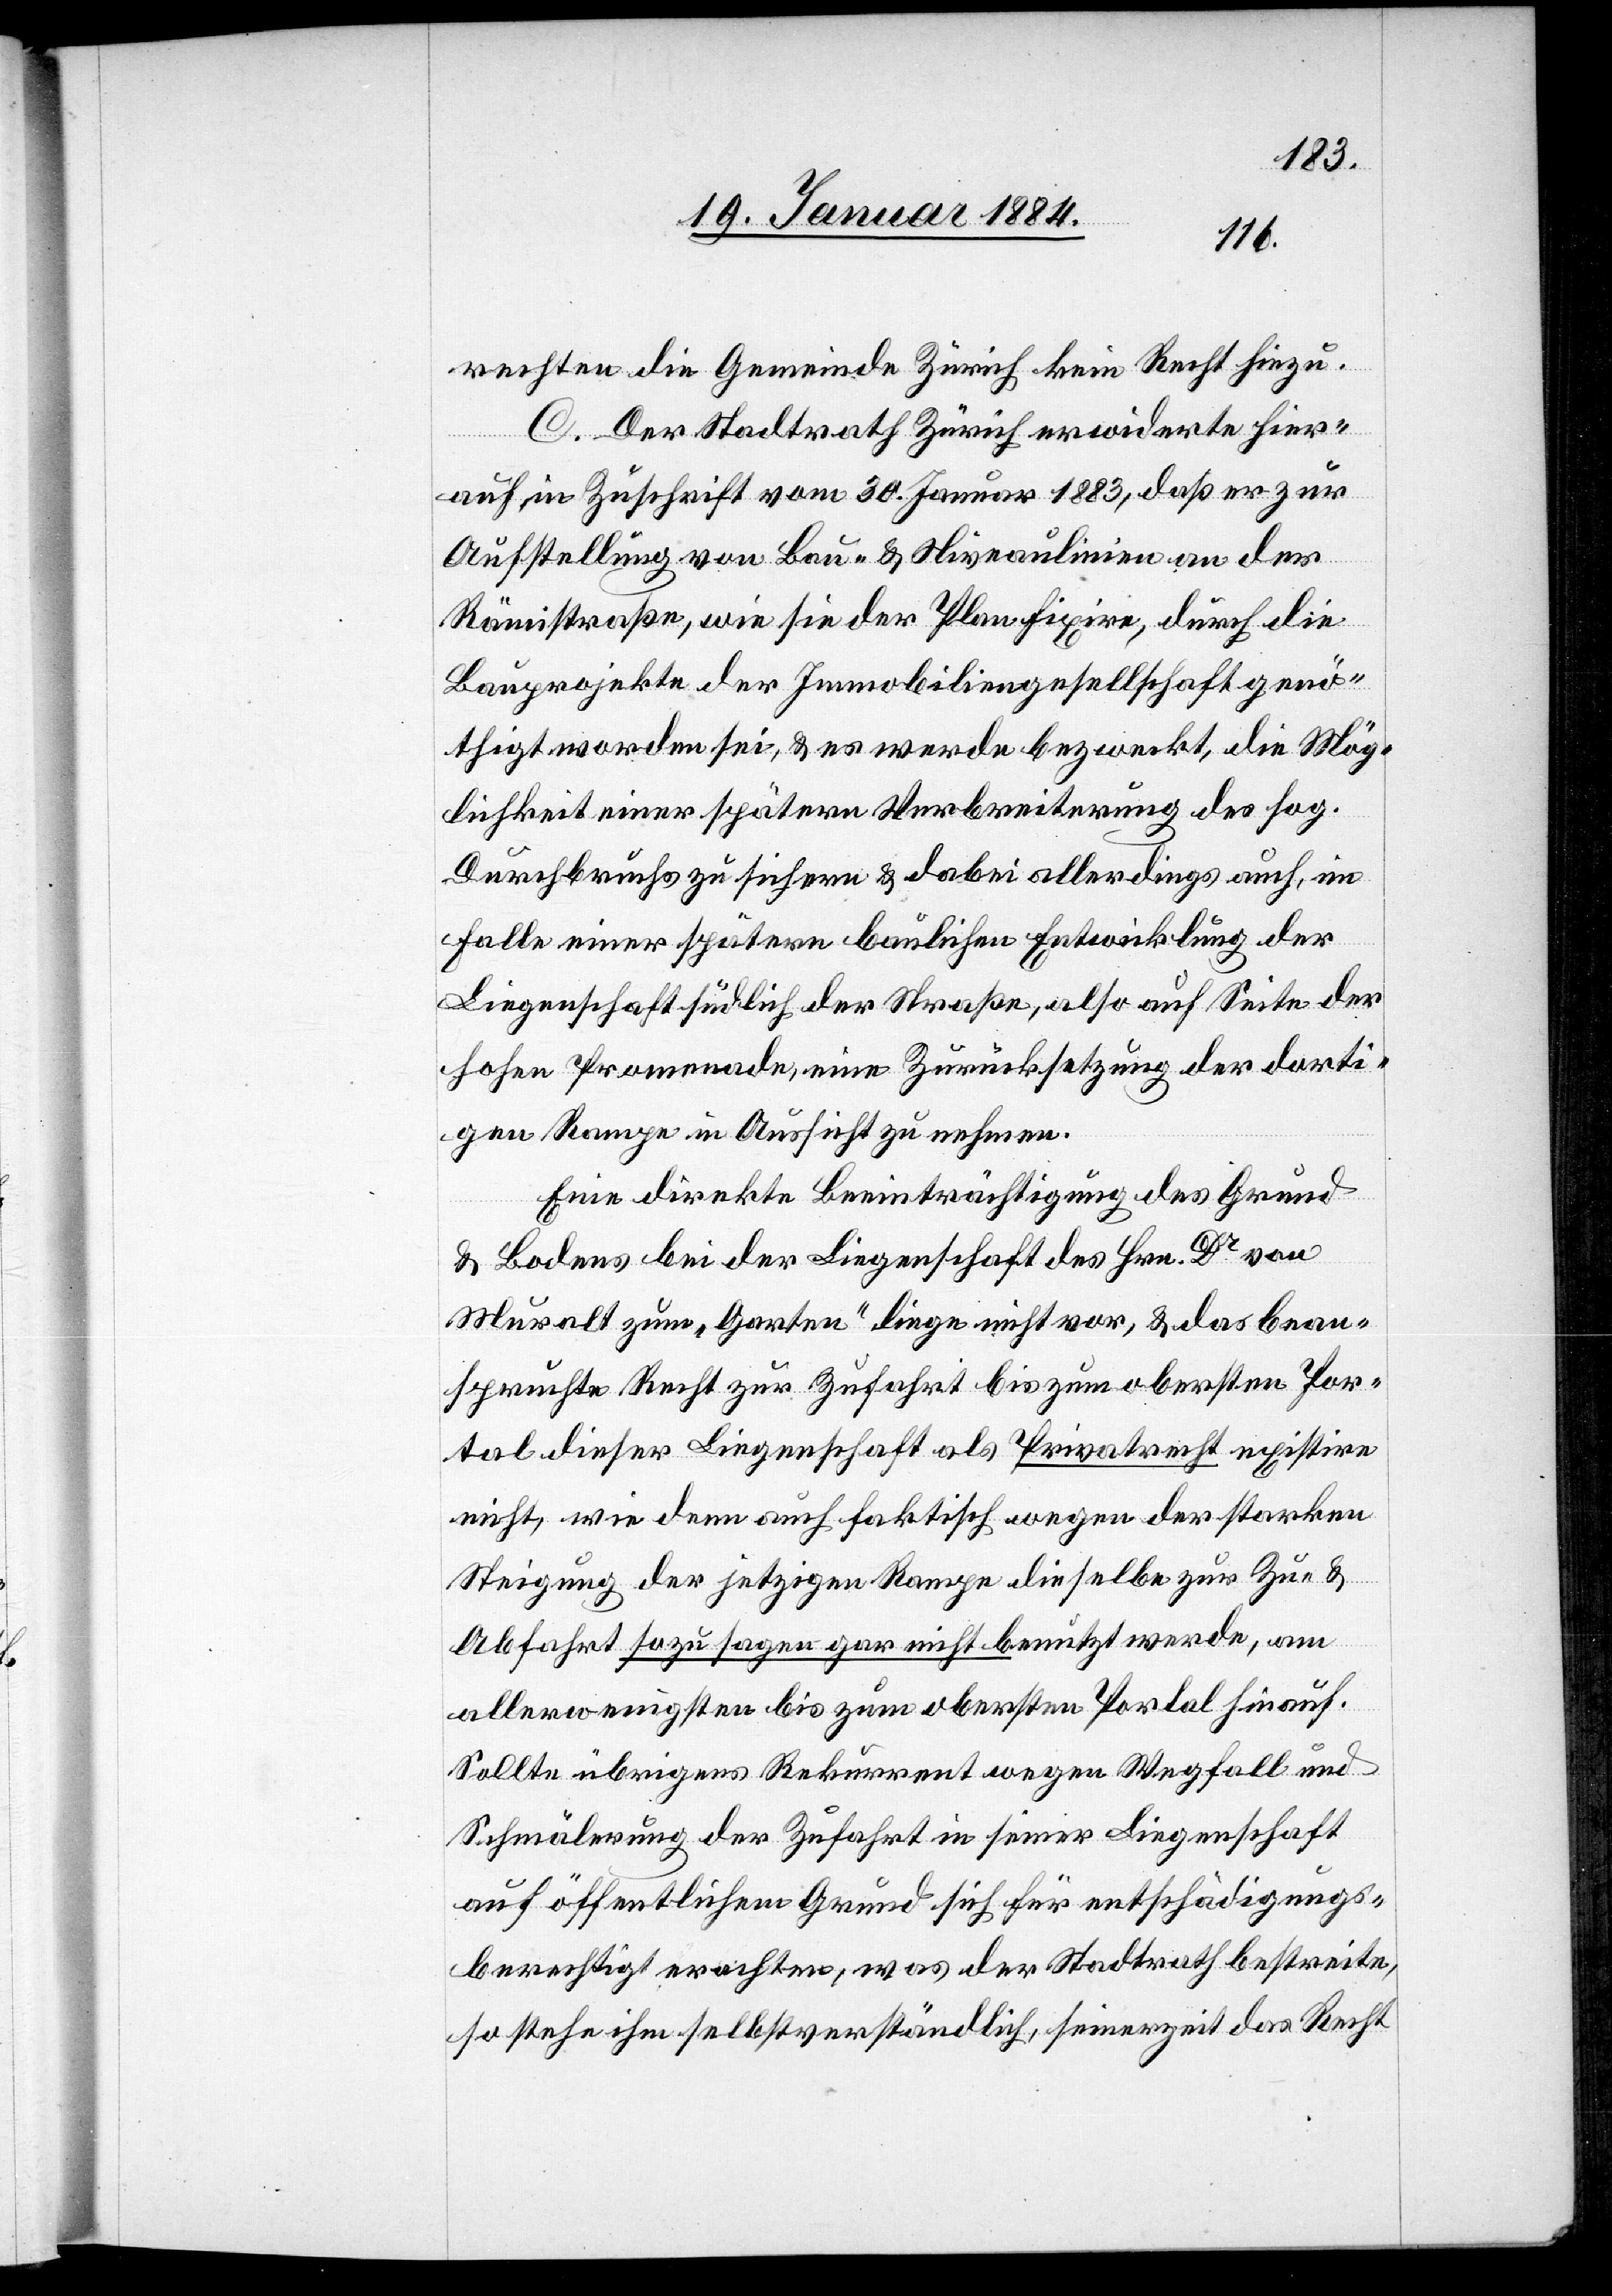
rechten die Gemeinde Zürich kein Recht hiezu.
C. Der Stadtrath Zürich erwiderte hier¬
auf in Zuschrift vom 30. Januar 1883, daß er zur
Aufstellung von Bau- & Niveaulinien an der
Rämistraße, wie sie der Plan fixiere, durch die
Bauprojekte der Immobiliengesellschaft genö¬
thigt worden sei, & es werde bezweckt, die Mög¬
lichkeit einer spätern Verbreiterung des sog.
Durchbruchs zu sichern & dabei allerdings auch, im
Falle einer spätern baulichen Entwicklung der
Liegenschaft südlich der Straße, also auf Seite der
hohen Promenade, eine Zurücksetzung der dorti¬
gen Rampe in Aussicht zu nehmen.
Eine direkte Beeinträchtigung des Grund
& Bodens bei der Liegenschaft des Hrn. Dr von
Muralt zum „Garten“ liege nicht vor, & das bean¬
spruchte Recht zur Zufahrt bis zum obersten Por¬
tal dieser Liegenschaft als Privatrecht existire
nicht, wie denn auch faktisch wegen der starken
Steigung der jetzigen Rampe dieselbe zur Zu- &
Abfahrt sozusagen gar nicht benutzt werde, am
allerwenigsten bis zum obersten Portal hinauf.
Sollte übrigens Rekurrent wegen Wegfall und
Schmälerung der Zufahrt in seiner Liegenschaft
auf öffentlichen Grund sich für entschädigungs¬
berechtigt erachten, was der Stadtrath bestreite,
so stehe ihm selbstverständlich, seinerzeit das Recht